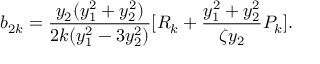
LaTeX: b _ { 2 k } = \frac { y _ { 2 } ( y _ { 1 } ^ { 2 } + y _ { 2 } ^ { 2 } ) } { 2 k ( y _ { 1 } ^ { 2 } - 3 y _ { 2 } ^ { 2 } ) } [ R _ { k } + \frac { y _ { 1 } ^ { 2 } + y _ { 2 } ^ { 2 } } { \zeta y _ { 2 } } P _ { k } ] .